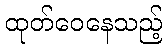
ထုတ်ဝေနေသည့်